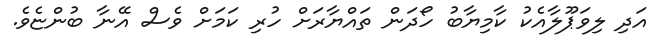
އަދި ލިވަޕޫލާއެކު ކާމިޔާބު ހޯދަން ތައްޔާރަށް ހުރި ކަމަށް ވެސް އޭނާ ބުންޏެވެ.